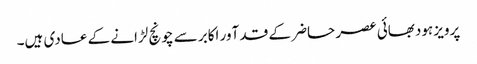
پرویز ہودبھائی عصر حاضر کے قد آور اکابر سے چونچ لڑانے کے عادی ہیں۔